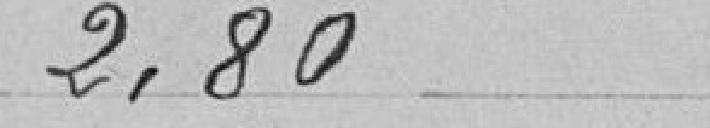
2,80